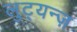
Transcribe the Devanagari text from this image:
लुट्यन्ज़